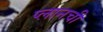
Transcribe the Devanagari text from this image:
प्लानची